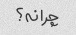
چرا نه؟